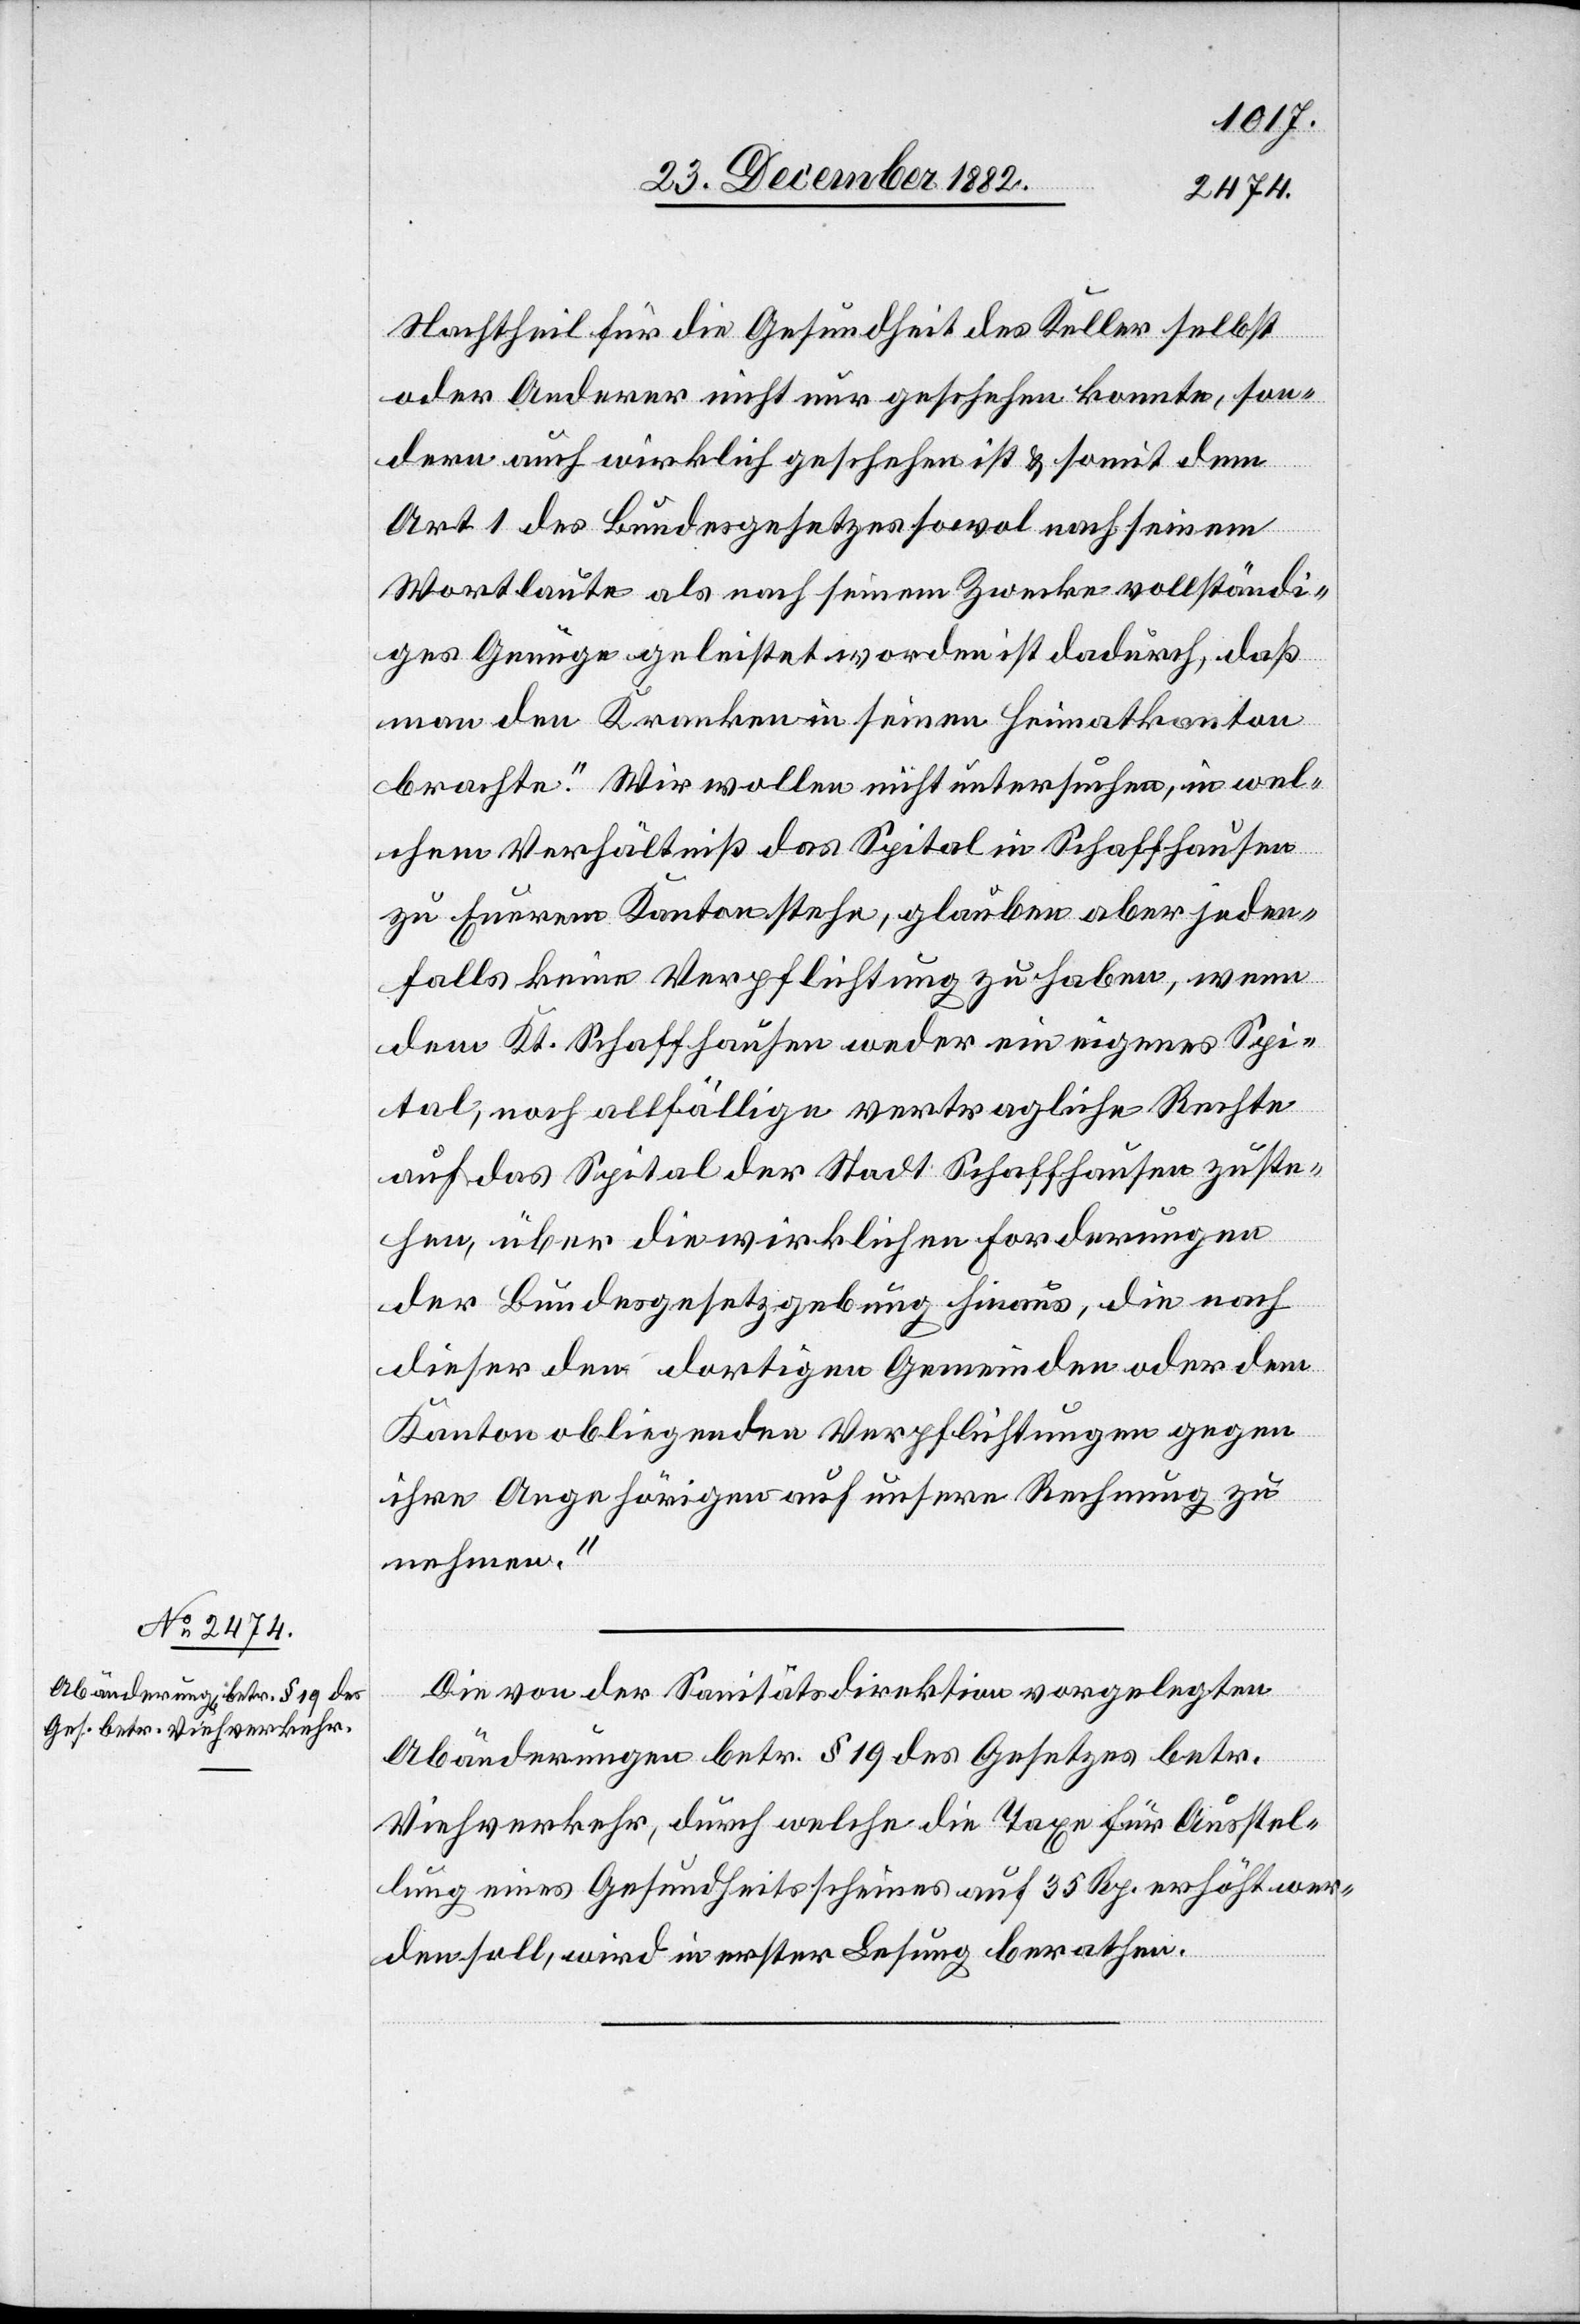
Nachtheil für die Gesundheit des Keller selbst
oder Anderer nicht nur geschehen könnte, son¬
dern auch wirklich geschehen ist & somit dem
Art. 1 des Bundesgesetzes sowol nach seinem
Wortlaute als nach seinem Zwecke vollständi¬
ges Genüge geleistet worden ist dadurch, daß
man den Kranken in seinen Heimatkanton
brachte.“ Wir wollen nicht untersuchen, in wel¬
chem Verhältniß das Spital in Schaffhausen
zu Euerem Kanton stehe, glauben aber jeden¬
falls keine Verpflichtung zu haben, wenn
dem Kt. Schaffhausen weder ein eigenes Spi¬
tal, noch allfällige vertragliche Rechte
auf das Spital der Stadt Schaffhausen zuste¬
hen, über die wirklichen Forderungen
der Bundesgesetzgebung hinaus, die nach
dieser den dortigen Gemeinden oder dem
Kanton obliegenden Verpflichtungen gegen
ihre Angehörigen auf unsere Rechnung zu
nehmen.“
Die von der Sanitätsdirektion vorgelegten
Abänderungen betr. § 19 des Gesetzes betr.
Viehverkehr, durch welche die Tage für Ausstel¬
lung eines Gesundheitsscheines auf 35 Rp. erhöht wer¬
den soll, wird in erster Lesung beraten.